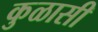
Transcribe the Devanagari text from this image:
कुळासी